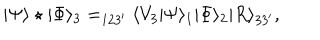
| \Psi \rangle \star | \Phi \rangle _ { 3 } = _ { 1 2 3 ^ { \prime } } \langle V _ { 3 } | \Psi \rangle _ { 1 } | \Phi \rangle _ { 2 } | R \rangle _ { 3 3 ^ { \prime } } ,